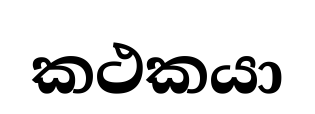
කථකයා